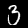
Digit: 3